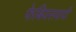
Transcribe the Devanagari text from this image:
फेबियसवादी